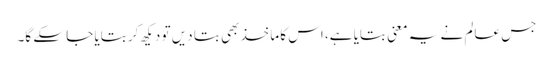
جس عالم نے یہ معنی بتایا ہے، اس کا ماخذ بھی بتا دیں تو دیکھ کر بتایا جا سکے گا۔